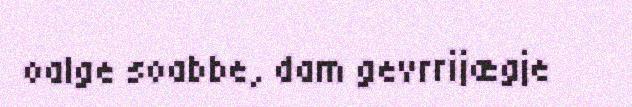
oalge soabbe, dam gevrrijægje